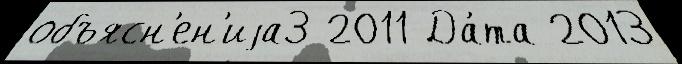
объясн'ен'иjа3 2011 Да́та 2013